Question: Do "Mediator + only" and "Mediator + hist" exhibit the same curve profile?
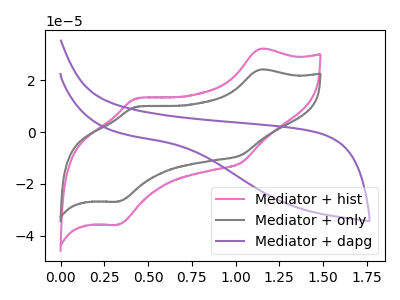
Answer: <think>The pink curve "Mediator + hist" has anodic peaks at (1.15V, 32.00uA) (0.45V, 12.90uA) and cathodic peaks at (1.05V, -11.95uA) (0.35V, -35.70uA). The gray curve "Mediator + only" has anodic peaks at (1.15V, 24.00uA) (0.45V, 9.70uA) and cathodic peaks at (1.05V, -9.00uA) (0.35V, -26.80uA). The purple curve "Mediator + dapg" has no peaks.
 All the peaks in "Mediator + only" have a peak in "Mediator + hist" at the same potential. Every peak in "Mediator + only" is lower than every peak in "Mediator + hist".</think>
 <answer>"Mediator + only" and "Mediator + hist" are similar in shape.</answer>
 <eval>same_shape</eval>